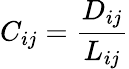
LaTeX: C_{ij}=\frac{D_{ij}}{L_{ij}}